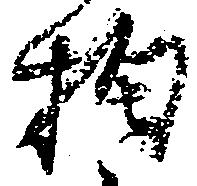
拘